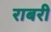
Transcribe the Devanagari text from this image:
राबरी